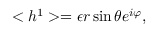
< h ^ { 1 } > = \epsilon r \sin \theta e ^ { i \varphi } ,